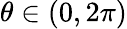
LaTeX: \theta\in(0,2\pi)